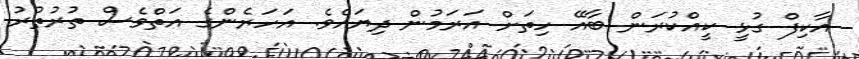
އާކިފް ގުޅީ ކީއްކުރަން ބާއޭ ހިތަށް އަރަމުން ދިޔައެވެ. އަހަރެންގެ އަތްވެސް ތުރުތުރު